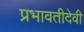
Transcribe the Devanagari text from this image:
प्रभावतीदेवी